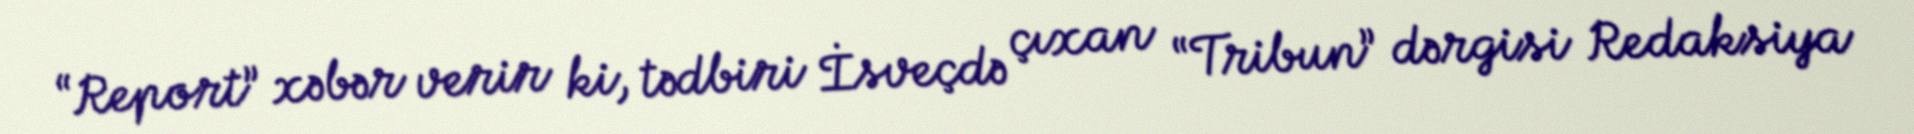
“Report” xəbər verir ki, tədbiri İsveçdə çıxan “Tribun” dərgisi Redaksiya